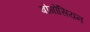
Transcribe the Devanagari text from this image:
बोगोसियन